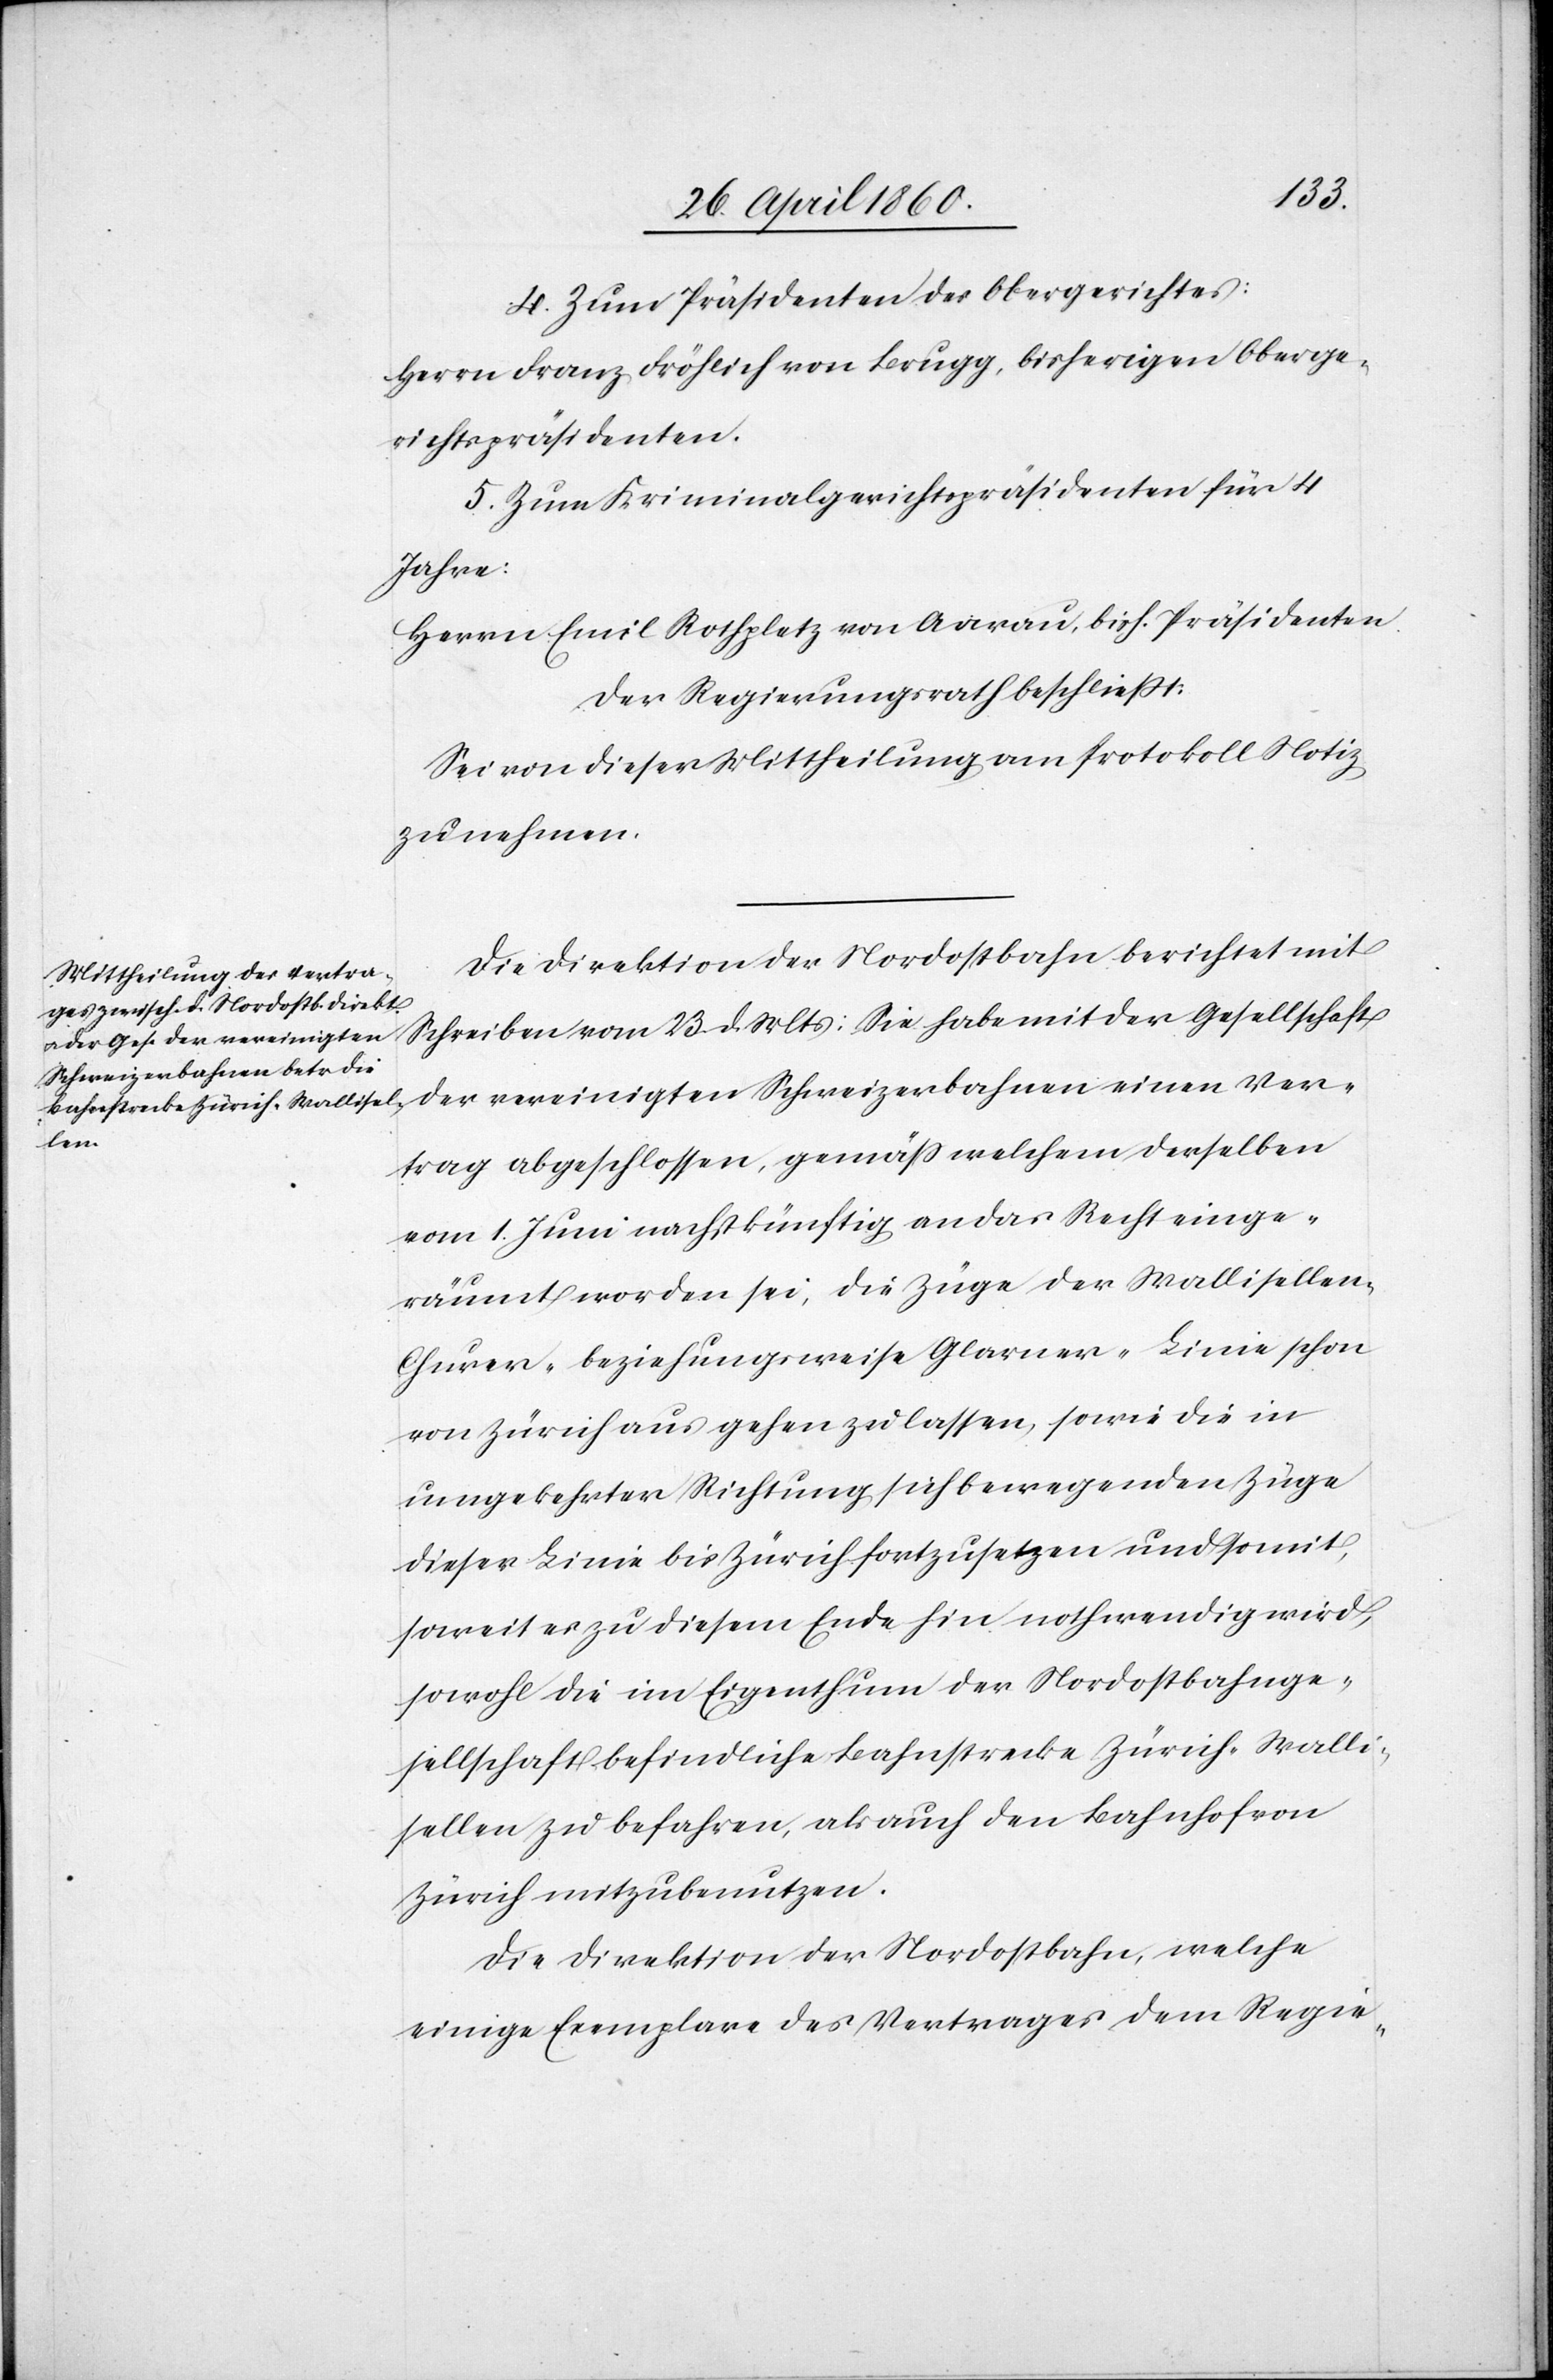
4. Zum Präsident des Obergerichtes:
Herrn Franz Frölich von Brugg, bisherigen Oberge¬
richtspräsidenten.
5. Zum Kriminalgerichtspräsidenten für 4
Jahre:
Herrn Emil Rothplatz von Aarau, bish. Präsidenten.
Der Regierungsrath beschliesst:
Sei von dieser Mittheilung am Protokoll Notiz
zu nehmen.
Die Direktion der Nordostbahn berichtet mit
Schreiben vom 23. d. Mts.: Sie habe mit der Gesellschaft
Ver¬
trag abgeschlossen, gemäss welchem derselben
vom 1. Juni nachstkünfitg [sic!] an das Recht einge¬
räumt worden sei, die Züge der Walliselle¬
r-Churer- beziehungsweise Glarner-Linie schon
von Zürich aus gehen zu lassen, sowie die in
umgekehrter Richtung sich bewegenden Züge
dieser Linie bis Zürich fortzusetzen und somit,
soweit es zu diesem Ende hin nothwendig wird,
sowohl die im Eigenthum der Nordostbahnge¬
sellschaft befindliche Bahnstrecke Zürich–Walli¬
sellen zu befahren, als auch den Bahnhof von
Zürich mitzubenutzen.
Die Direktion der Nordostbahn, welche
einige Exemplare des Vertrages dem Regie-